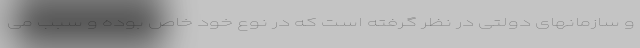
و سازمانهای دولتی در نظر گرفته است که در نوع خود خاص بوده و سبب می